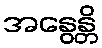
အနွေန္တိ